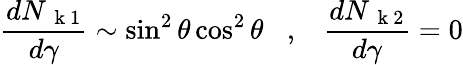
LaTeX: \frac{dN_{\mathrm{~\mathbf~k~}1}}{d\gamma}\sim\sin^{2}\theta\cos^{2}\theta\; \; \; ,\; \; \; \frac{dN_{\mathrm{~\mathbf~k~}2}}{d\gamma}=0